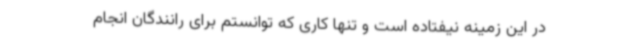
در این زمینه نیفتاده است و تنها کاری که توانستم برای رانندگان انجام